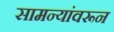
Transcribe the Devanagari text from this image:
सामन्यांवरून